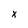
Character: x